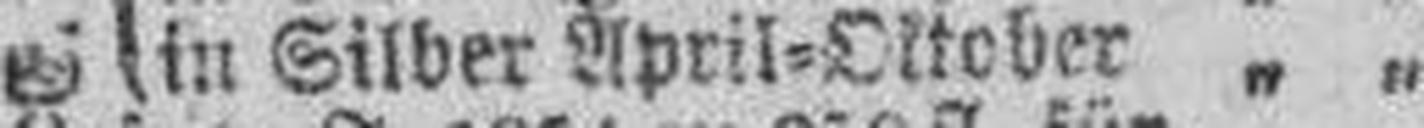
in Silber April=Oktober „ „